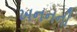
ખનનની